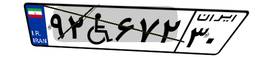
۹۲W۶۷۲۳۰